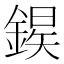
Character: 𫒱